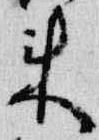
来